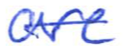
Text: are
Cross-out: single-line
Writing tool: ballpoint